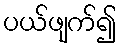
ပယ်ဖျက်၍